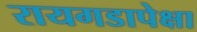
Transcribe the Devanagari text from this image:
रायगडापेक्षा